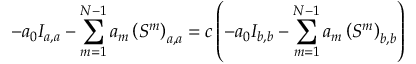
- a _ { 0 } I _ { a , a } - \sum _ { m = 1 } ^ { N - 1 } a _ { m } \left( S ^ { m } \right) _ { a , a } = c \left( - a _ { 0 } I _ { b , b } - \sum _ { m = 1 } ^ { N - 1 } a _ { m } \left( S ^ { m } \right) _ { b , b } \right)